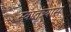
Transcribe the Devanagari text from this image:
स्वातंत्र्यास